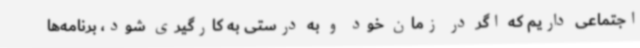
اجتماعی داریم که اگر در زمان خود و به درستی به کارگیری شود، برنامه‌ها